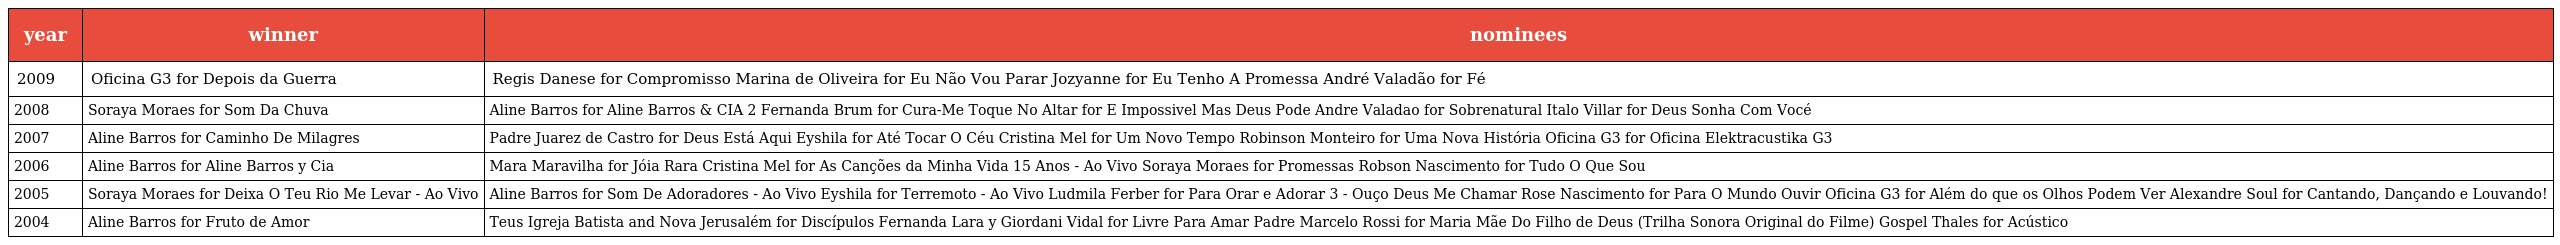
| year | winner | nominees |
 | --- | --- | --- |
 | 2009 | Oficina G3 for Depois da Guerra | Regis Danese for Compromisso Marina de Oliveira for Eu Não Vou Parar Jozyanne for Eu Tenho A Promessa André Valadão for Fé |
 | 2008 | Soraya Moraes for Som Da Chuva | Aline Barros for Aline Barros & CIA 2 Fernanda Brum for Cura-Me Toque No Altar for E Impossivel Mas Deus Pode Andre Valadao for Sobrenatural Italo Villar for Deus Sonha Com Vocé |
 | 2007 | Aline Barros for Caminho De Milagres | Padre Juarez de Castro for Deus Está Aqui Eyshila for Até Tocar O Céu Cristina Mel for Um Novo Tempo Robinson Monteiro for Uma Nova História Oficina G3 for Oficina Elektracustika G3 |
 | 2006 | Aline Barros for Aline Barros y Cia | Mara Maravilha for Jóia Rara Cristina Mel for As Canções da Minha Vida 15 Anos - Ao Vivo Soraya Moraes for Promessas Robson Nascimento for Tudo O Que Sou |
 | 2005 | Soraya Moraes for Deixa O Teu Rio Me Levar - Ao Vivo | Aline Barros for Som De Adoradores - Ao Vivo Eyshila for Terremoto - Ao Vivo Ludmila Ferber for Para Orar e Adorar 3 - Ouço Deus Me Chamar Rose Nascimento for Para O Mundo Ouvir Oficina G3 for Além do que os Olhos Podem Ver Alexandre Soul for Cantando, Dançando e Louvando! |
 | 2004 | Aline Barros for Fruto de Amor | Teus Igreja Batista and Nova Jerusalém for Discípulos Fernanda Lara y Giordani Vidal for Livre Para Amar Padre Marcelo Rossi for Maria Mãe Do Filho de Deus (Trilha Sonora Original do Filme) Gospel Thales for Acústico |